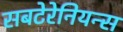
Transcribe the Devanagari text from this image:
सबटेरेनियन्स